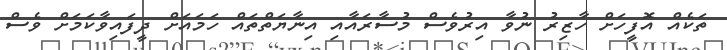
ތަކެއް އޮފީހަށް ހާޒިރު ނުވާ އިރުވެސް މުސާރައާއި އިނާޔަތްތައް ހަމައަށް ދީފައިވާކަމަށް ވެސް